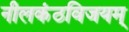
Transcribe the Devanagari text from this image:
नीलकंठविजयम्